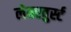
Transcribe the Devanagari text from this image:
लेबरवुर्स्ट